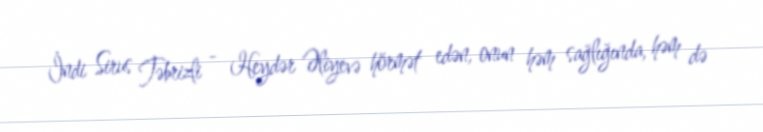
İndi Sirus Təbrizli - Heydər Əliyevə hörmət edən, onun həm sağlığında, həm də